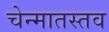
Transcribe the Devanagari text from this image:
चेन्मातस्तव